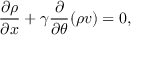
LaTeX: \frac { \partial \rho } { \partial x } + \gamma \frac { \partial } { \partial \theta } ( \rho v ) = 0 ,